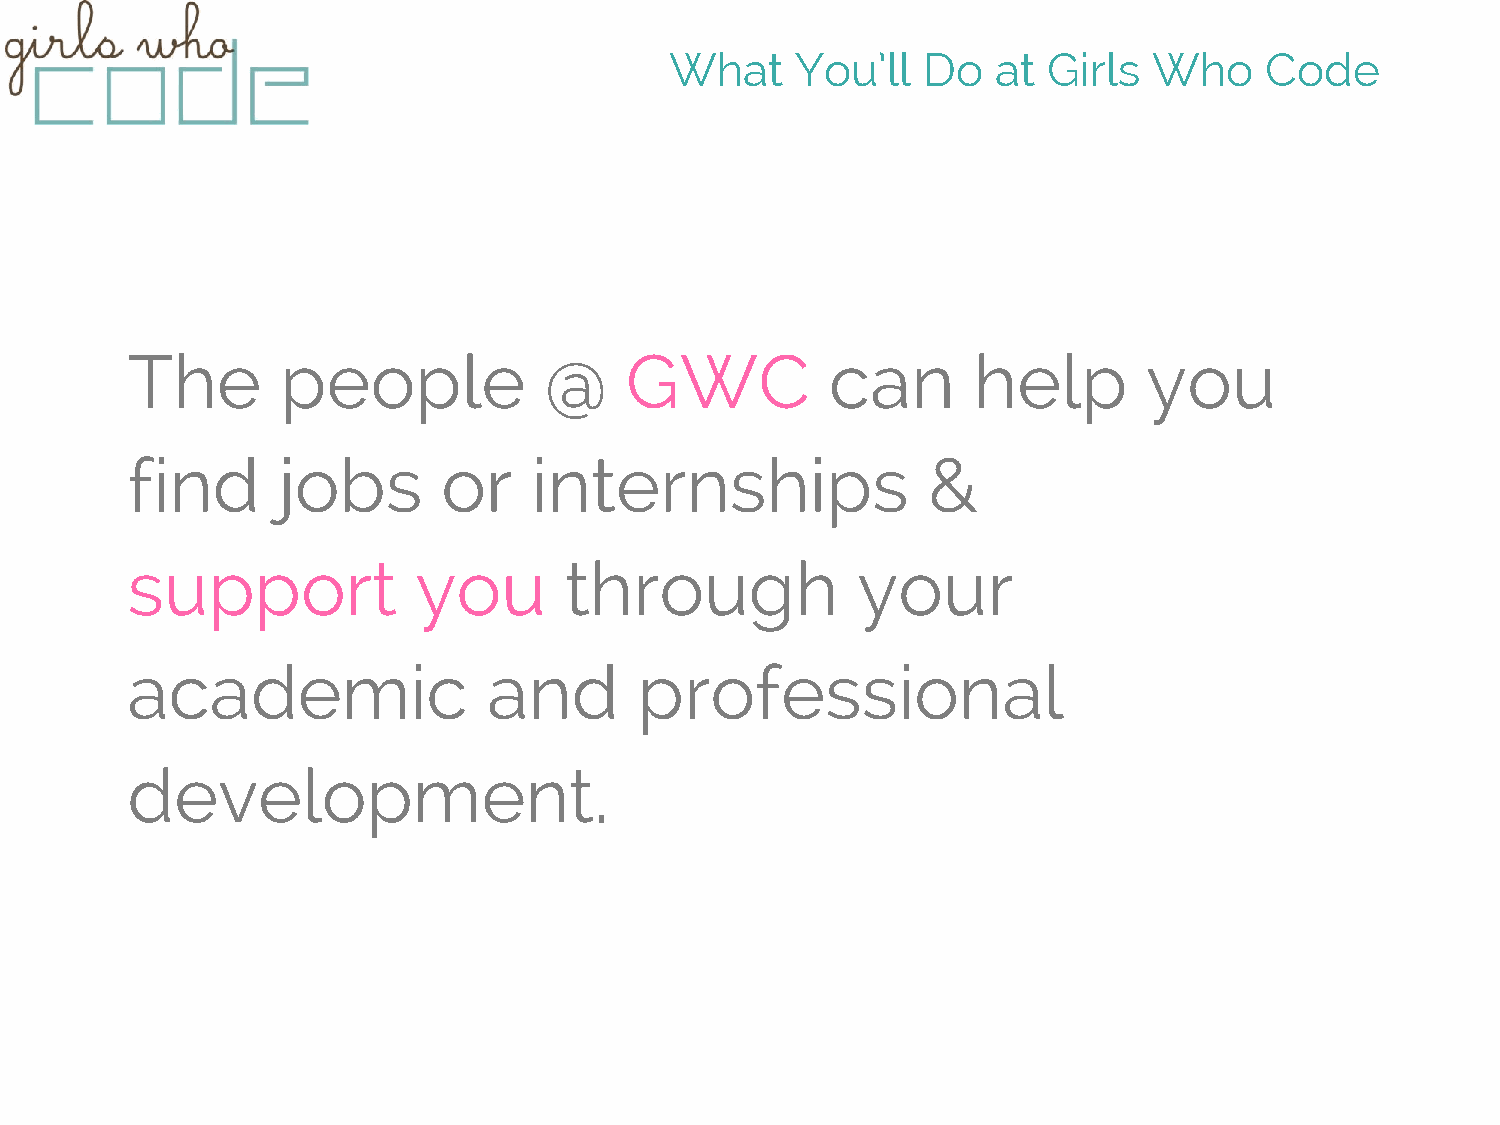
What     You’ll  Do   at Girls  Who     Code
 The        people           @    GWC           can      help        you
 find      jobs       or    internships               &
 support             you      through             your
 academic                and       professional
 development.